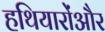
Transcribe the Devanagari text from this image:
हथियारोंऔर